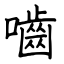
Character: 嚙